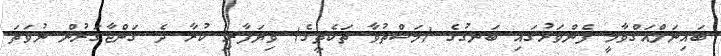
ބައިނަލްއަޤްވާމީ ފެންވަރުގައި ބަނގުގެ (މަސްތުވާ ތަކެތީގެ) ވިޔަފާރި ކުރާ ދެ ގަންޖާގަރުން ނުވަތަ